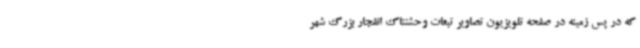
که در پس زمینه در صفحه تلویزیون تصاویر تبعات وحشتناک انفجار بزرگ شهر